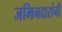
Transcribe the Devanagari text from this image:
जमिनदारांनी